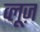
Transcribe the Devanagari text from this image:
व्लूज़